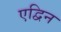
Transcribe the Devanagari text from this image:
एद्विन